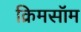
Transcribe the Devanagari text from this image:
क्रिमसॉम